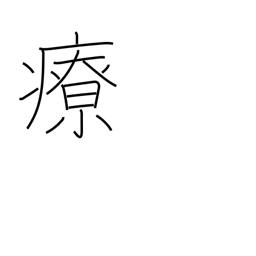
Meaning: heal